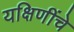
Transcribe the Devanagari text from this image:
यक्षिणींचे